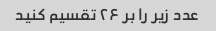
عدد زیر را بر ۲۶ تقسیم کنید